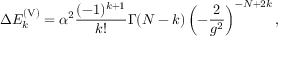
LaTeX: \Delta E _ { k } ^ { \mathrm { ( V ) } } = \alpha ^ { 2 } { \frac { ( - 1 ) ^ { k + 1 } } { k ! } } \Gamma ( { \cal N } - k ) \left( - { \frac { 2 } { g ^ { 2 } } } \right) ^ { - { \cal N } + 2 k } ,